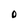
Character: O